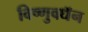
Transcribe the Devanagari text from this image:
विष्णुवधॅन